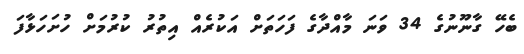
ބެހޭ ގާނޫނުގެ 34 ވަނަ މާއްދާގެ ފަހަތަށް އަކުރެއް އިތުރު ކުރުމަށް ހުށަހަޅާފަ